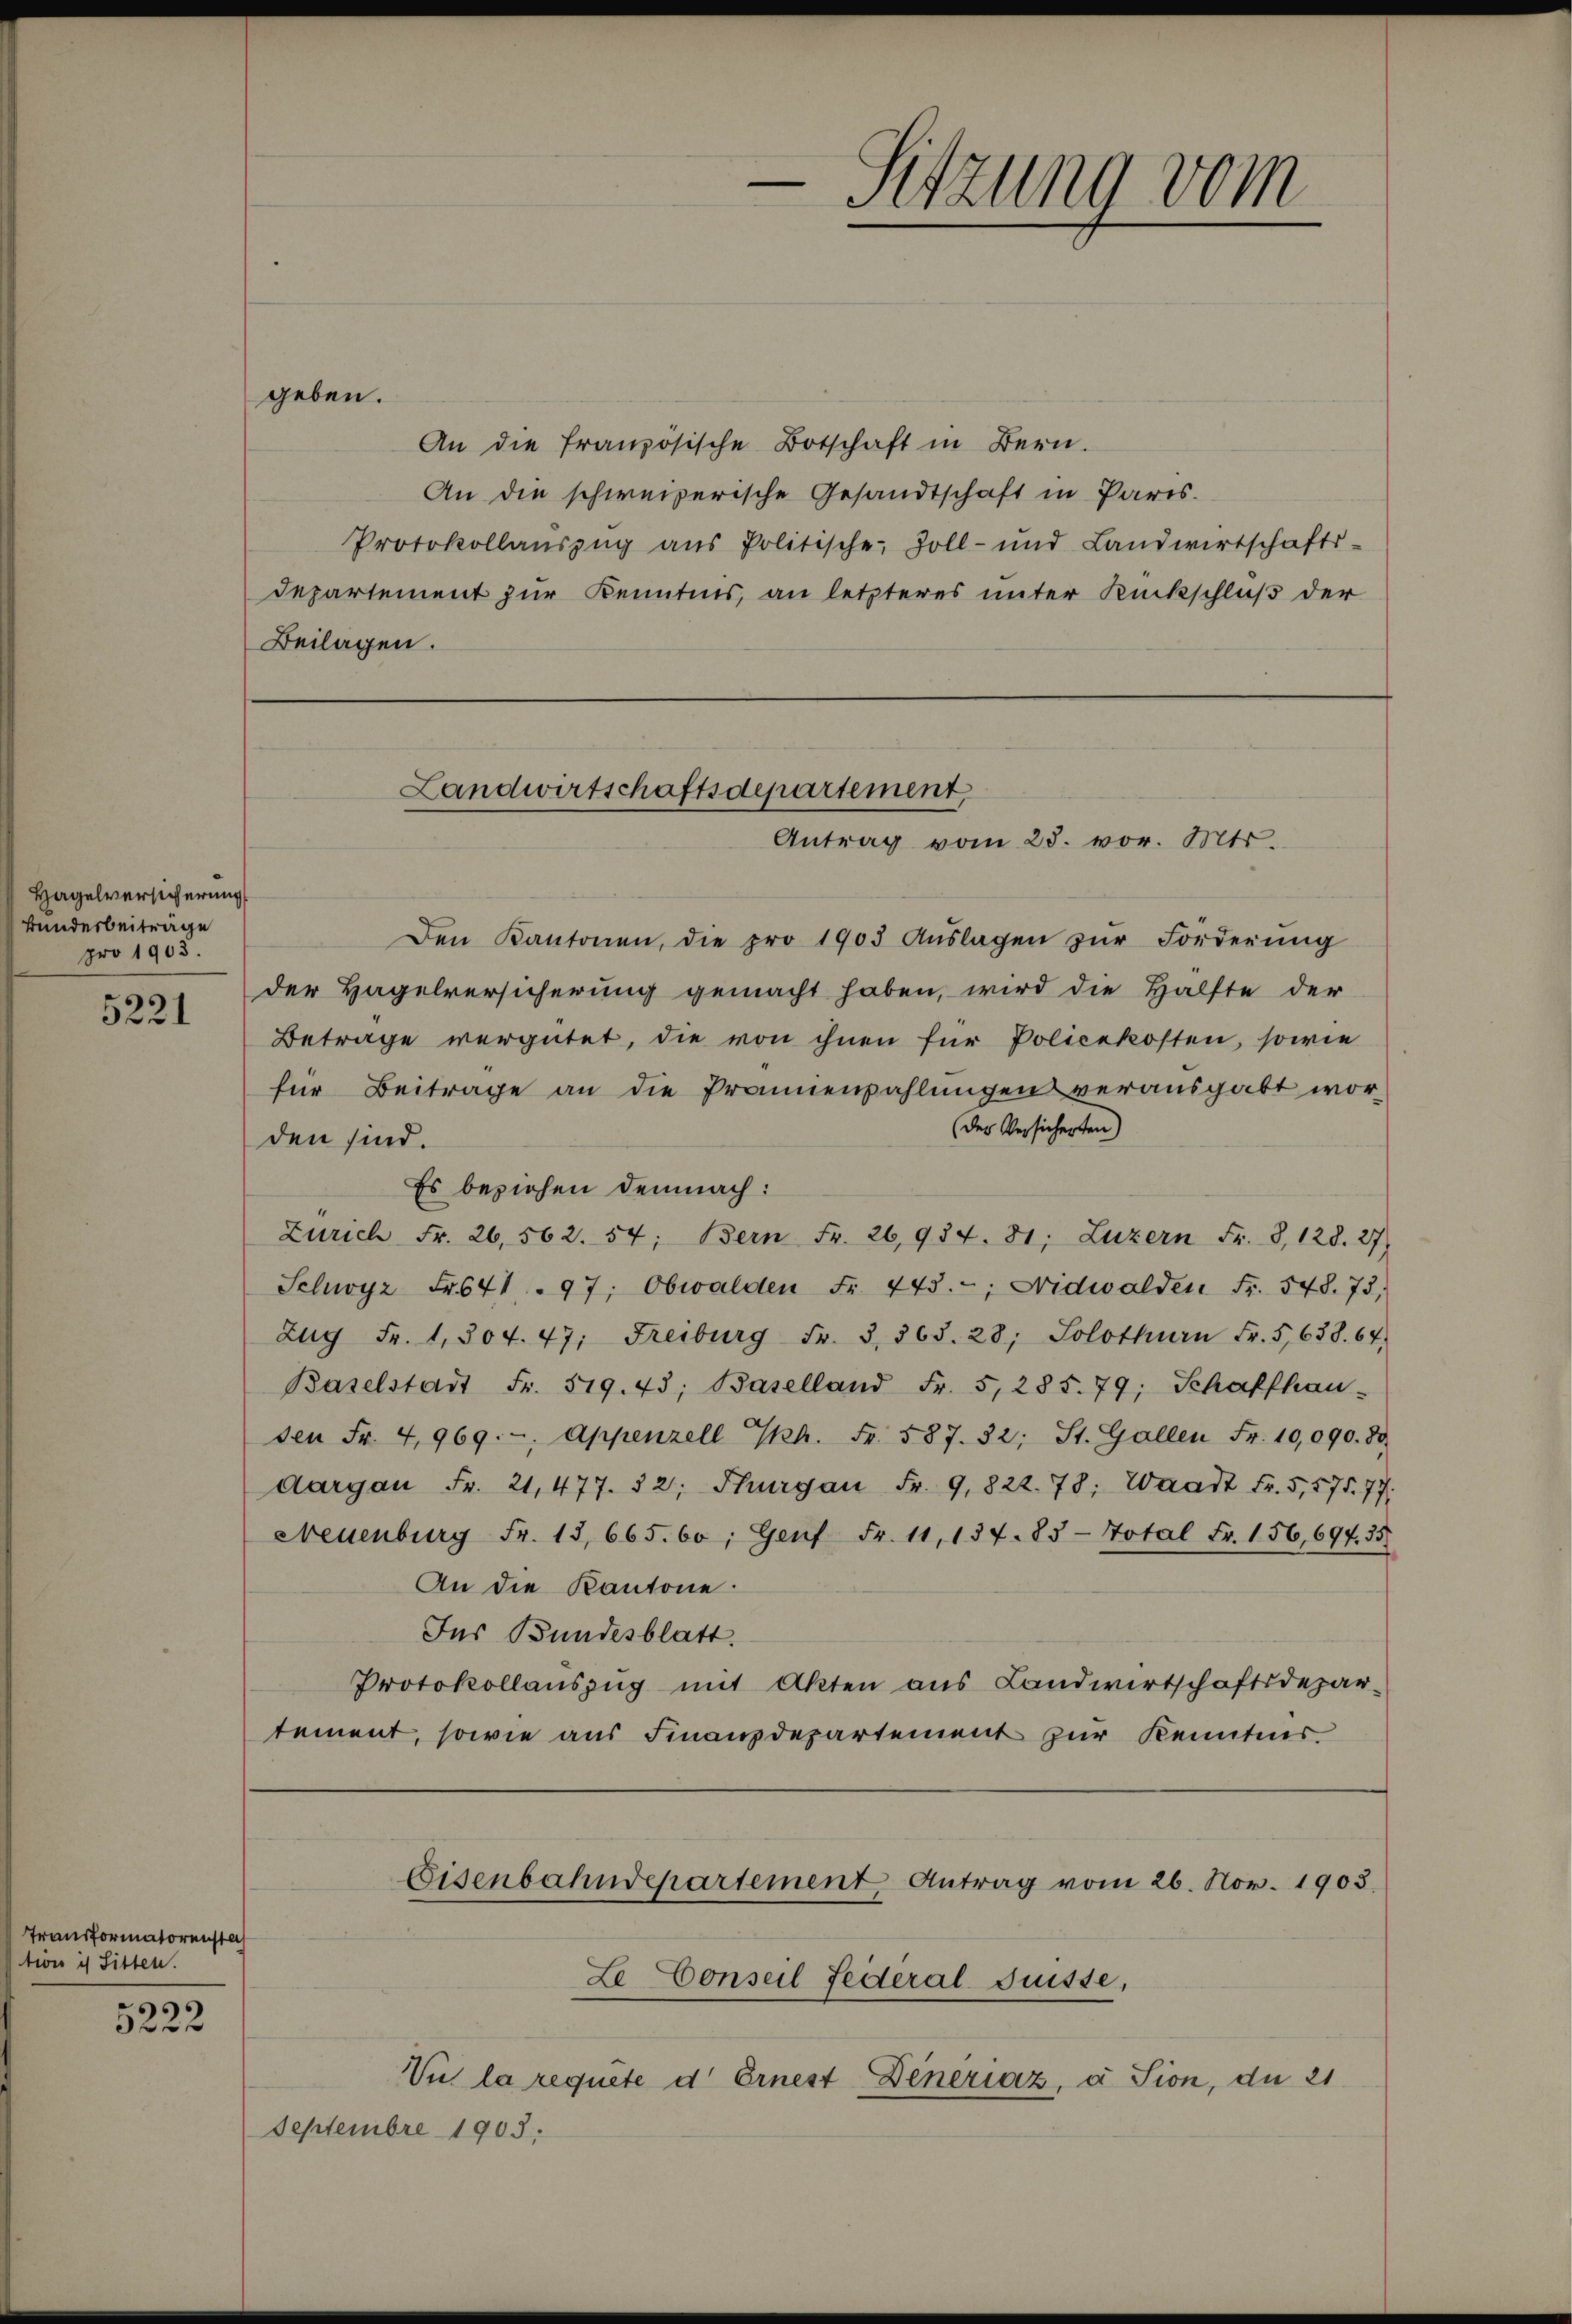
Hagelversicherung
Bundesbeiträge
pro 1903.

5221

Transformatorensta
tion ich Sitten.

5222

geben.
An die französische Botschaft in Bern.
An die schweizerische Gesandtschaft in Paris.
Protokollaŭszŭg aŭs Politische Zoll- und Landwirtschafts-
Departement zur Kenntnis, an letzteres unter Rückschluß der
Beilagen.
Den Kantonen, die pro 1905 Aŭslagen zŭr Forderŭng
der Hagelversicherŭng gemacht haben, wird die Hälfte der
Betrage vergütet, die von ihnen für Policekosten, sowie
für Beitrage an die Prämienzahlungen verausgabt worder Versicherten
den sind.
Es beziehen demnach:
Zürich Fr. 26,562. 54; Bern Fr. 26,954. 31; Luzern Fr. 8, 128. 27)
Schwyz Fr. 641. 97, Obwalden Fr. 443., Nidwalden Fr. 548. 73,
Zug Fr. 1, 304. 47, Freiburg Fr. 3, 368. 28, Solothurn Fr. 5, 638. 64.
Baselstadt Fr. 519. 43; Baselland Fr. 5, 285. 79; Schaffhau-
sen Fr. 4,969. - Appenzell Th. Fr. 587. 32. St. Gallen Fr. 10,090. de
Aargau Fr. 21,477. 82; Thurgau Fr. 9,822. 78; Waadt Fr. 5, 575. 77.
Neuenburg Fr. 13,665. 60, Genf Fr. 11,134. 83 - Total Fr. 156, 694. 35
An die Kantone.
Ins Bundesblatt.
Protokollauszug mit Akten aus Landwirtschaftsdepartement, sowie aus Finanzdepartement zur Kenntnis

Landwirtschaftsdepartement
Antrag vom 28. vor. Mts.

Eisenbahndepartement Antrag vom 26. Nov. 1903.

-Sitzung vom

Le Conseil fédéral Suisse,
Vut la requite d. Ernest Deneraz, a Sion, du 21
Septembre 1903.